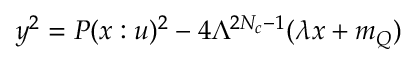
y ^ { 2 } = P ( x : u ) ^ { 2 } - 4 \Lambda ^ { 2 N _ { c } - 1 } ( \lambda x + m _ { Q } ) \nonumber